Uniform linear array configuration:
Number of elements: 32
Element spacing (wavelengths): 0.75
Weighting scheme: blackman
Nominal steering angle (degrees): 45
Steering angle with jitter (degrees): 46.572
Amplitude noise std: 0.05
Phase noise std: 0.05

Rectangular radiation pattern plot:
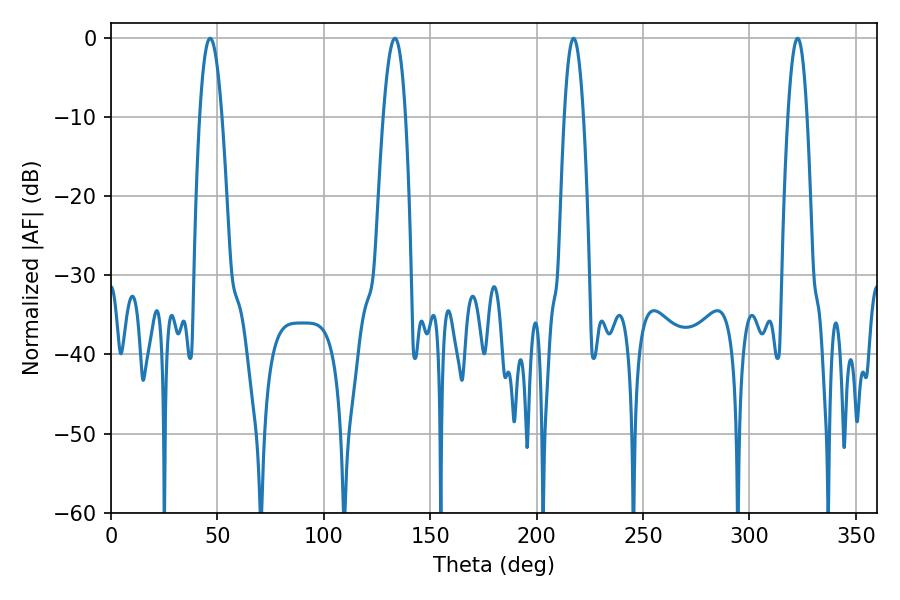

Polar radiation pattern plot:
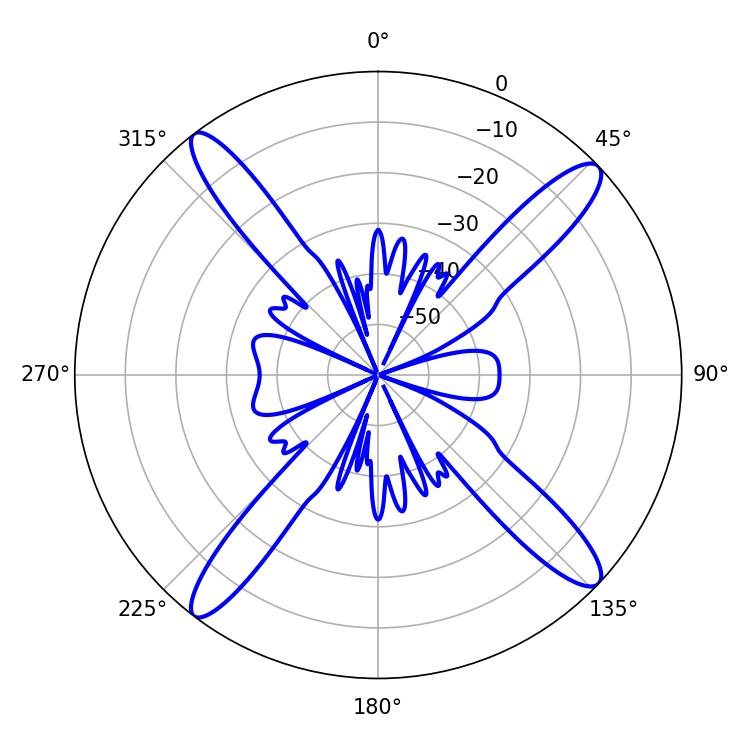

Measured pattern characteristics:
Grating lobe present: TRUE
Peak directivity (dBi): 16.543
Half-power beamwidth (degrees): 5.76
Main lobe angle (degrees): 46.62